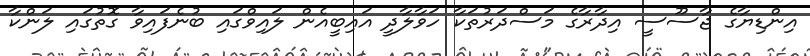
އިންޑިޔާގެ ޖާސޫސީ އިދާރާގެ މަސްދަރުތަކާ ހަވާލާދީ އައިބީއެން ލައިވްގައި ބުނެފައިވާ ގޮތުގައި ލަންކާ